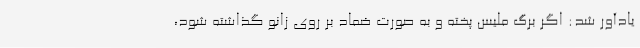
یادآور شد: اگر برگ ملیس پخته و به صورت ضماد بر روی زانو گذاشته شود،